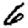
Digit: 6